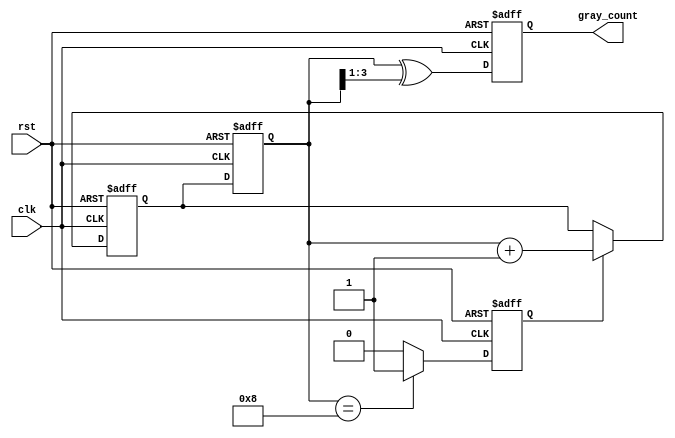
module gray_counter_clock_divider (
    input wire clk,
    input wire rst,
    output reg [3:0] gray_count
);

reg [3:0] binary_count;
reg [3:0] next_binary_count;
reg sync_reg;

always @(posedge clk or posedge rst) begin
    if (rst) begin
        binary_count <= 4'b0000;
        gray_count <= 4'b0000;
    end else begin
        binary_count <= next_binary_count;
        gray_count <= binary_count ^ (binary_count >> 1);
    end
end

always @(posedge clk or posedge rst) begin
    if (rst) begin
        next_binary_count <= 4'b0001;
    end else if (sync_reg) begin
        next_binary_count <= binary_count + 1;
    end
end

always @(posedge clk or posedge rst) begin
    if (rst) begin
        sync_reg <= 0;
    end else if (binary_count == 4'b1000) begin
        sync_reg <= 1;
    end else begin
        sync_reg <= 0;
    end
end

endmodule